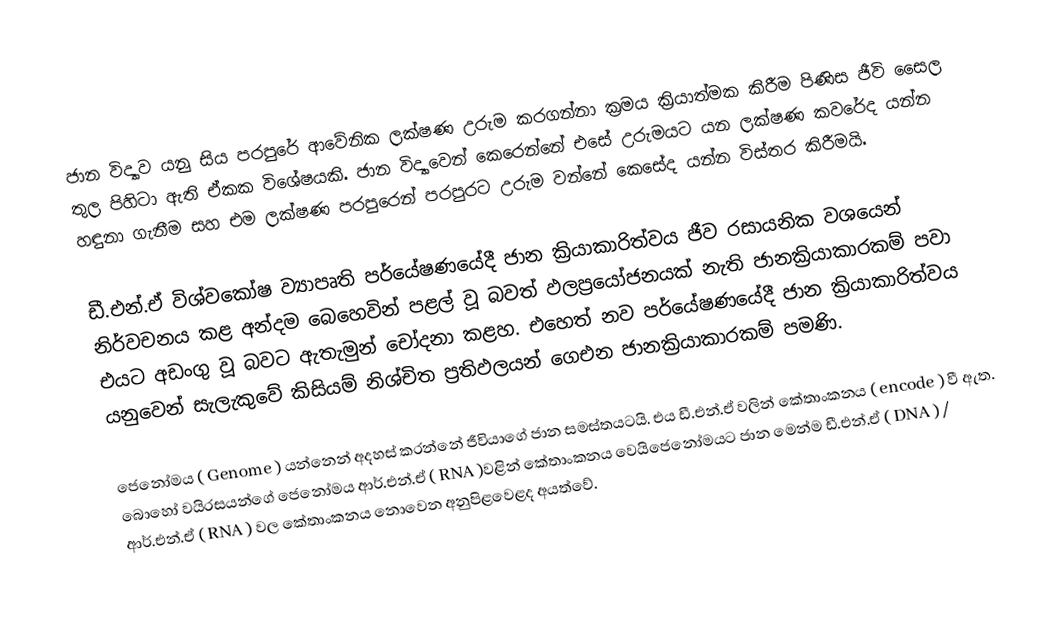
ජාන විද්‍යාව යනු සිය පරපුරේ ආවේනික ලක්ෂණ උරුම කරගන්නා ක්‍ර‍මය ක්‍රියාත්මක කිරීම පිණිස ජීවි සෛල තුල පිහිටා ඇති ඒකක විශේෂයකි. ජාන විද්‍යාවෙන් කෙරෙන්නේ එසේ උරුමයට යන ලක්ෂණ කවරේද යන්න හඳුනා ගැනීම සහ එම ලක්ෂණ පරපුරෙන් පරපුරට උරුම වන්නේ කෙසේද යන්න විස්තර කිරීමයි.

ඩී.එන්.ඒ විශ්වකෝෂ ව්‍යාපෘති පර්යේෂණයේදී ජාන ක්‍රියාකාරිත්වය ජීව රසායනික වශයෙන් නිර්වචනය කළ අන්දම බෙහෙවින් පළල් වූ බවත් ඵලප්‍රයෝජනයක් නැති ජානක්‍රියාකාරකම් පවා එයට අඩංගු වූ බවට ඇතැමුන් චෝදනා කළහ. එහෙත් නව පර්යේෂණයේදී ජාන ක්‍රියාකාරිත්වය යනුවෙන් සැලැකුවේ කිසියම් නිශ්චිත ප්‍ර‍තිඵලයන් ගෙඑන ජානක්‍රියාකාරකම් පමණි.

ජෙනෝමය ( Genome ) යන්නෙන් අදහස් කරන්නේ ජීවියාගේ ජාන සමස්තයටයි. එය ඩී.එන්.ඒ වලින් කේතාංකනය ( encode ) වී ඇත. බොහෝ වයිරසයන්ගේ ජෙනෝමය ආර්.එන්.ඒ ( RNA )වළින් කේතාංකනය වෙයිජෙනෝමයට ජාන මෙන්ම ඩී.එන්.ඒ ( DNA ) / ආර්.එන්.ඒ ( RNA ) වල කේතාංකනය නොවෙන අනුපිළවෙළද අයත්වේ.